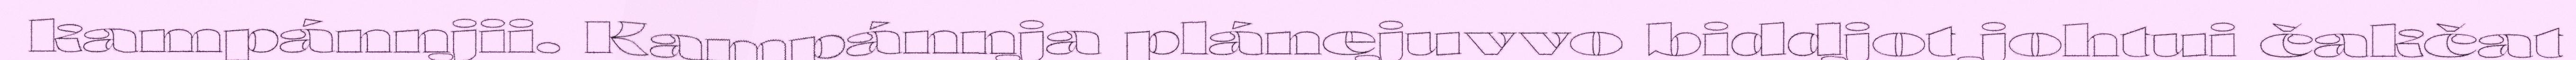
kampánnjii. Kampánnja plánejuvvo biddjot johtui čakčat